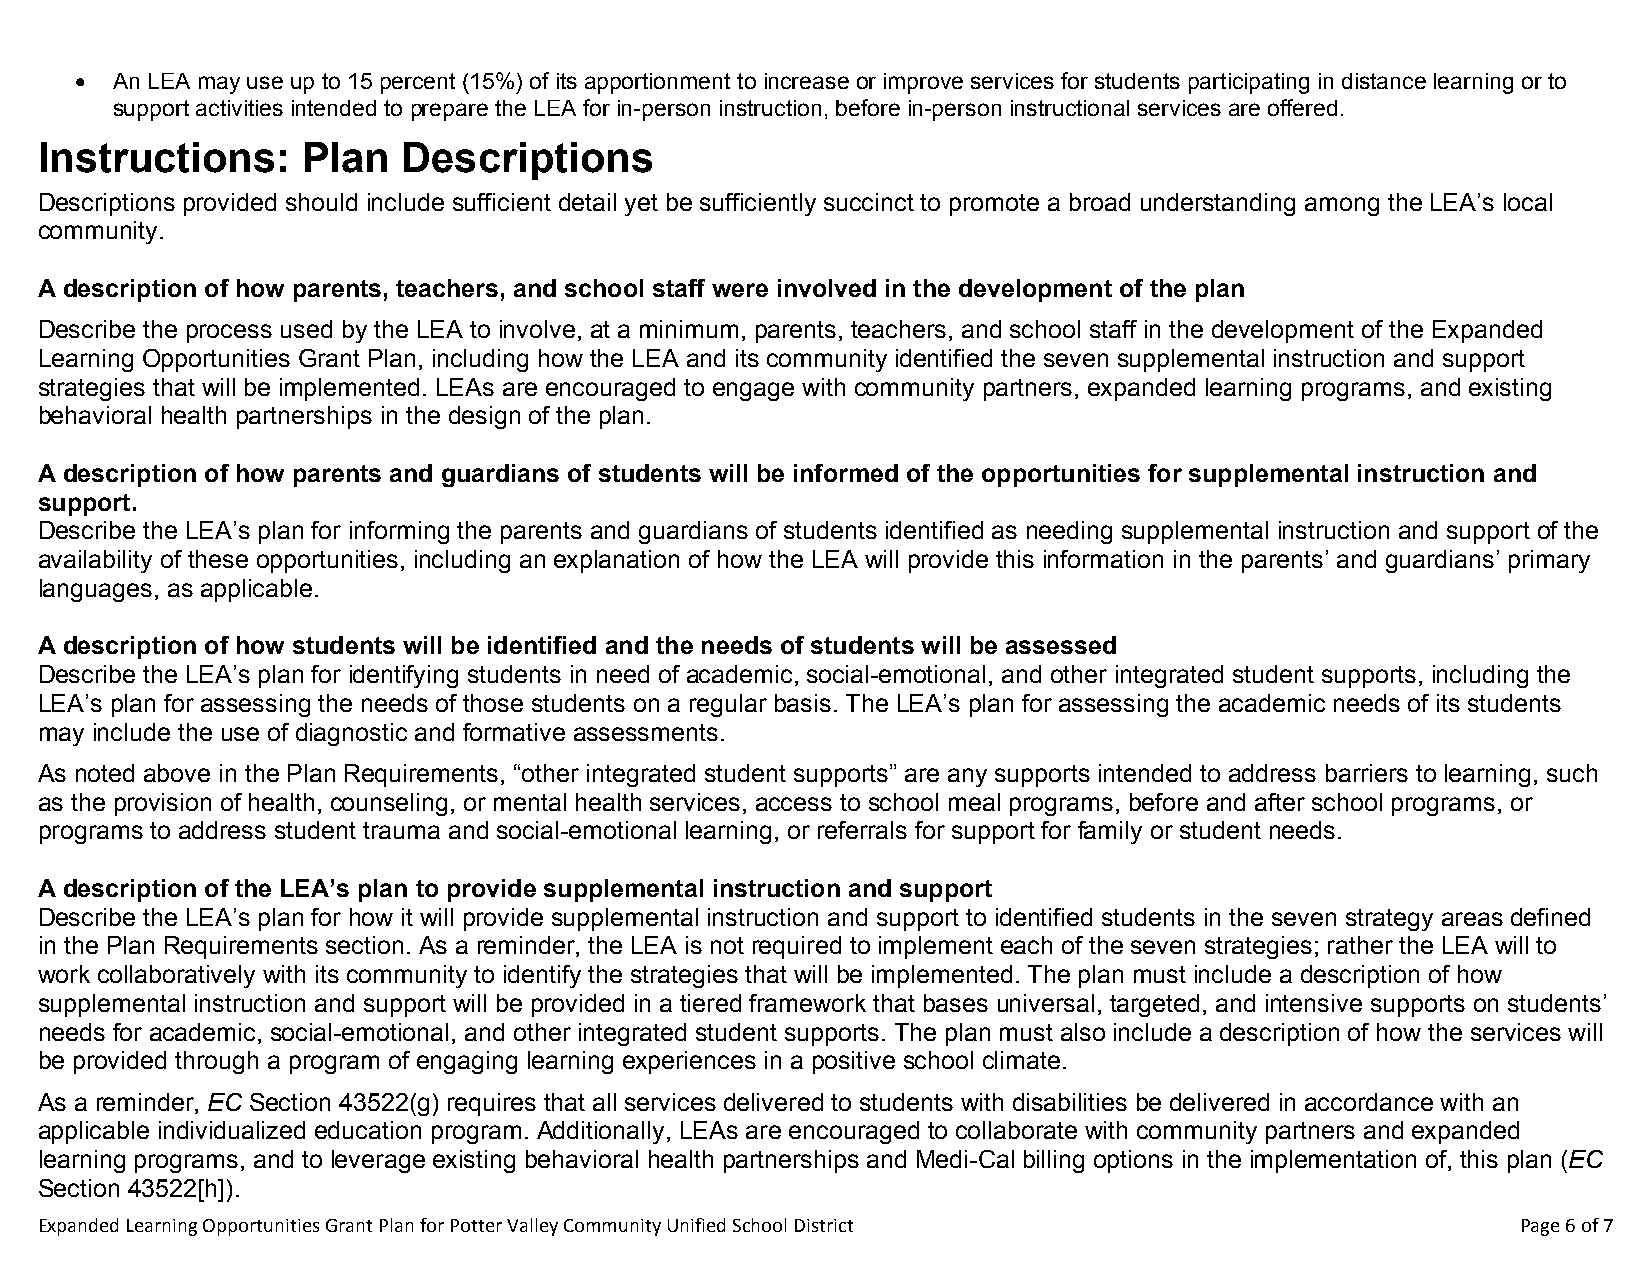
 An LEA may use up to 15 percent (15%) of its apportionment to increase or improve services for students participating in distance learning or to
 support activities intended to prepare the LEA for in-person instruction, before in-person instructional services are offered.
 Instructions:     Plan   Descriptions
 Descriptions provided should include sufficient detail yet be sufficiently succinct to promote a broad understanding among the LEA’s local
 community.
 A description of how parents, teachers, and school staff were involved in the development of the plan
 Describe the process used by the LEA to involve, at a minimum, parents, teachers, and school staff in the development of the Expanded
 Learning Opportunities Grant Plan, including how the LEA and its community identified the seven supplemental instruction and support
 strategies that will be implemented. LEAs are encouraged to engage with community partners, expanded learning programs, and existing
 behavioral health partnerships in the design of the plan.
 A description of how parents and guardians of students will be informed of the opportunities for supplemental instruction and
 support.
 Describe the LEA’s plan for informing the parents and guardians of students identified as needing supplemental instruction and support of the
 availability of these opportunities, including an explanation of how the LEA will provide this information in the parents’ and guardians’ primary
 languages, as applicable.
 A description of how students will be identified and the needs of students will be assessed
 Describe the LEA’s plan for identifying students in need of academic, social-emotional, and other integrated student supports, including the
 LEA’s plan for assessing the needs of those students on a regular basis. The LEA’s plan for assessing the academic needs of its students
 may include the use of diagnostic and formative assessments.
 As noted above in the Plan Requirements, “other integrated student supports” are any supports intended to address barriers to learning, such
 as the provision of health, counseling, or mental health services, access to school meal programs, before and after school programs, or
 programs to address student trauma and social-emotional learning, or referrals for support for family or student needs.
 A description of the LEA’s plan to provide supplemental instruction and support
 Describe the LEA’s plan for how it will provide supplemental instruction and support to identified students in the seven strategy areas defined
 in the Plan Requirements section. As a reminder, the LEA is not required to implement each of the seven strategies; rather the LEA will to
 work collaboratively with its community to identify the strategies that will be implemented. The plan must include a description of how
 supplemental instruction and support will be provided in a tiered framework that bases universal, targeted, and intensive supports on students’
 needs for academic, social-emotional, and other integrated student supports. The plan must also include a description of how the services will
 be provided through a program of engaging learning experiences in a positive school climate.
 As a reminder, EC Section 43522(g) requires that all services delivered to students with disabilities be delivered in accordance with an
 applicable individualized education program. Additionally, LEAs are encouraged to collaborate with community partners and expanded
 learning programs, and to leverage existing behavioral health partnerships and Medi-Cal billing options in the implementation of, this plan (EC
 Section 43522[h]).
 Expanded Learning Opportunities Grant Plan for Potter Valley Community Unified School District     Page 6 of 7